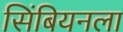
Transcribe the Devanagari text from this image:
सिंबियनला